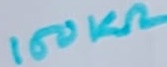
Text: 150KΩ